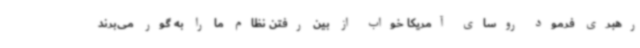
رهبری فرمود روسای آمریکا خواب از بین رفتن نظام ما را به گور می‌برند